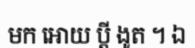
មក អោយ ប្តី ងូត ។ ឯ